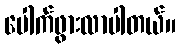
ပေါက်ဖွားလာပါတယ်။